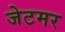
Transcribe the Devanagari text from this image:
जेटमर